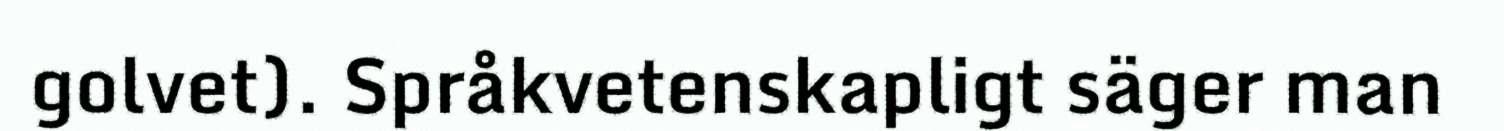
golvet). Språkvetenskapligt säger man